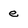
Character: e